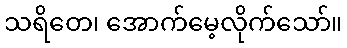
သရိတေ၊ အောက်မေ့လိုက်သော်။